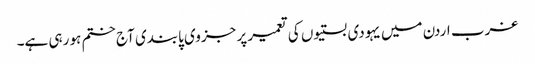
غرب اردن میں یہودی بستیوں کی تعمیر پر جزوی پابندی آج ختم ہو رہی ہے۔